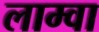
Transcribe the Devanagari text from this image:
लाम्वा